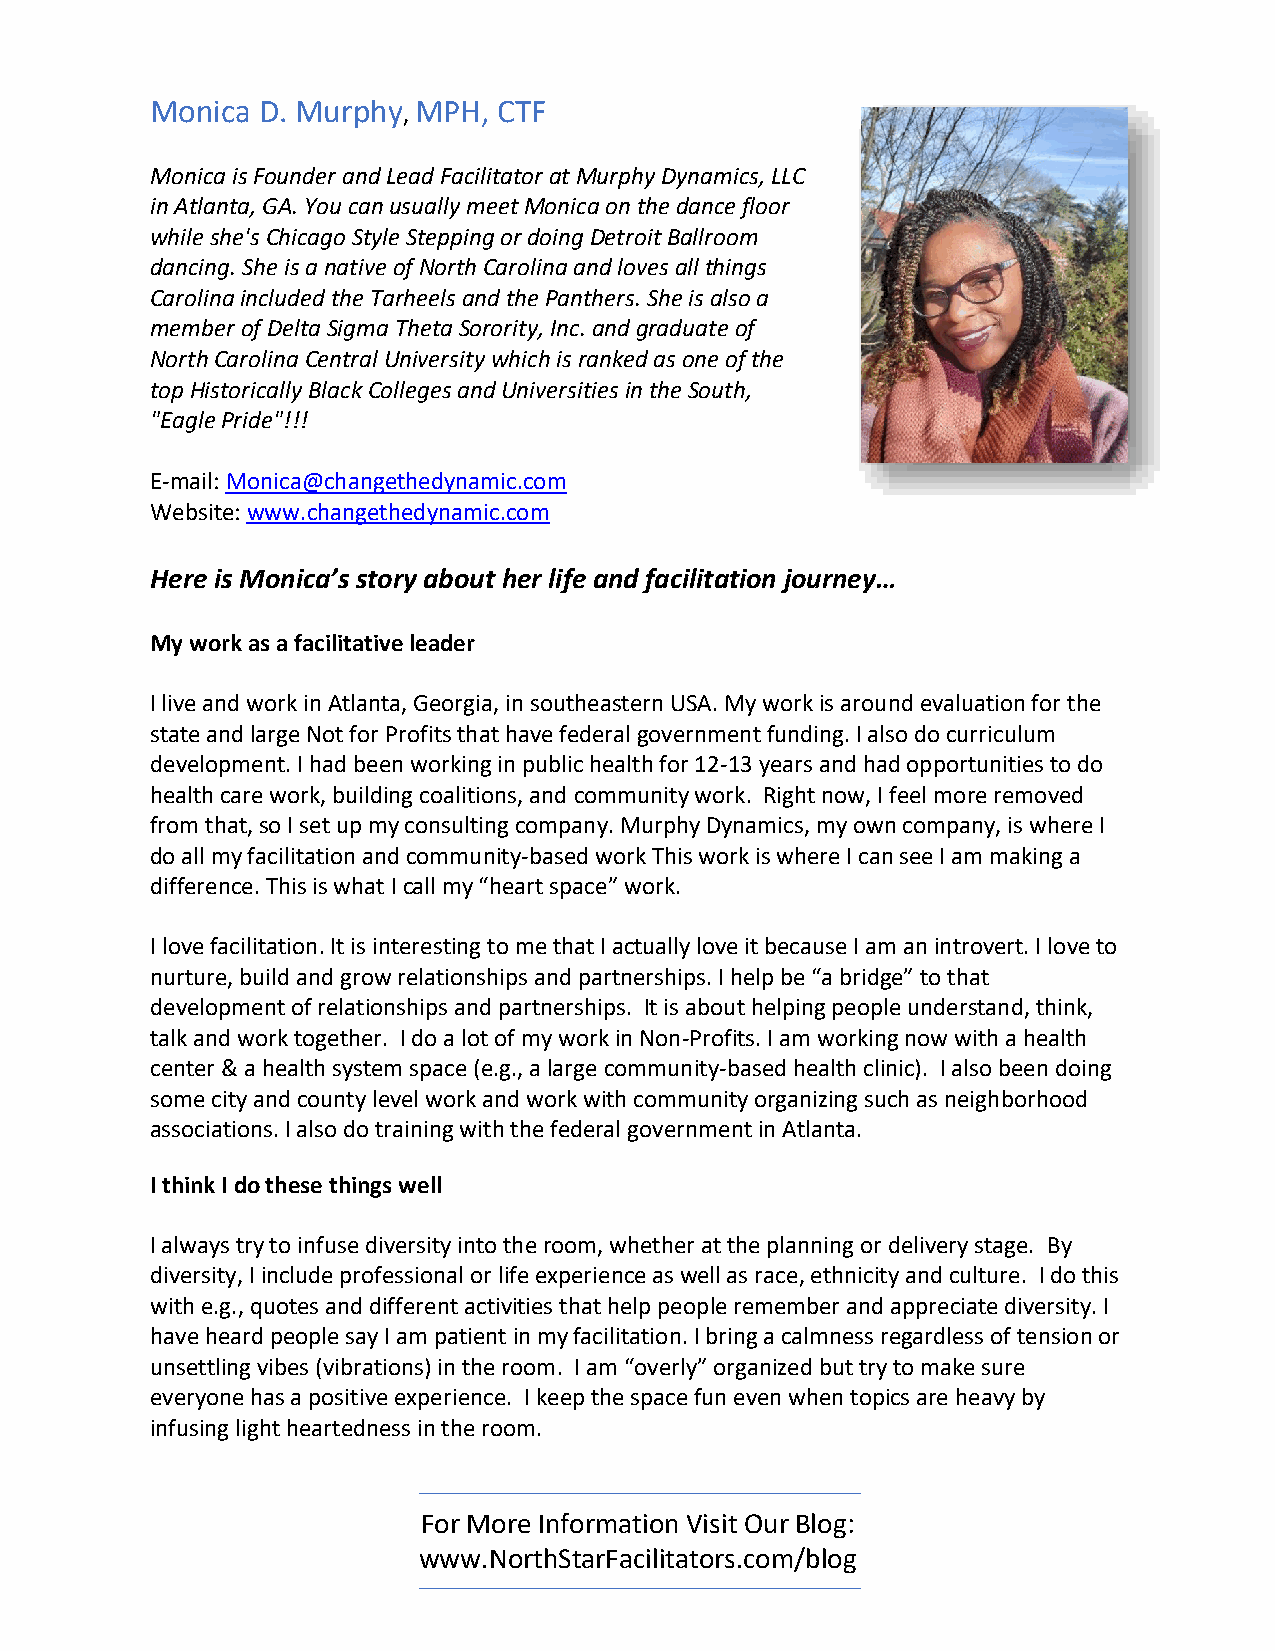
Monica D. Murphy, MPH, CTF
 Monica is Founder and Lead Facilitator at Murphy Dynamics, LLC
 in Atlanta, GA. You can usually meet Monica on the dance floor
 while she's Chicago Style Stepping or doing Detroit Ballroom
 dancing. She is a native of North Carolina and loves all things
 Carolina included the Tarheels and the Panthers. She is also a
 member of Delta Sigma Theta Sorority, Inc. and graduate of
 North Carolina Central University which is ranked as one of the
 top Historically Black Colleges and Universities in the South,
 "Eagle Pride"!!!
 E-mail: Monica@changethedynamic.com
 Website: www.changethedynamic.com
 Here is Monica’s story about her life and facilitation journey…
 My work as a facilitative leader
 I live and work in Atlanta, Georgia, in southeastern USA. My work is around evaluation for the
 state and large Not for Profits that have federal government funding. I also do curriculum
 development. I had been working in public health for 12-13 years and had opportunities to do
 health care work, building coalitions, and community work. Right now, I feel more removed
 from that, so I set up my consulting company. Murphy Dynamics, my own company, is where I
 do all my facilitation and community-based work This work is where I can see I am making a
 difference. This is what I call my “heart space” work.
 I love facilitation. It is interesting to me that I actually love it because I am an introvert. I love to
 nurture, build and grow relationships and partnerships. I help be “a bridge” to that
 development of relationships and partnerships. It is about helping people understand, think,
 talk and work together. I do a lot of my work in Non-Profits. I am working now with a health
 center & a health system space (e.g., a large community-based health clinic). I also been doing
 some city and county level work and work with community organizing such as neighborhood
 associations. I also do training with the federal government in Atlanta.
 I think I do these things well
 I always try to infuse diversity into the room, whether at the planning or delivery stage. By
 diversity, I include professional or life experience as well as race, ethnicity and culture. I do this
 with e.g., quotes and different activities that help people remember and appreciate diversity. I
 have heard people say I am patient in my facilitation. I bring a calmness regardless of tension or
 unsettling vibes (vibrations) in the room. I am “overly” organized but try to make sure
 everyone has a positive experience. I keep the space fun even when topics are heavy by
 infusing light heartedness in the room.
 For More Information Visit Our Blog:
 www.NorthStarFacilitators.com/blog